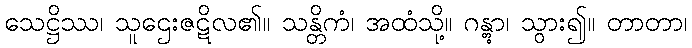
သေဋ္ဌိဿ၊ သူဌေးဇဋိလ၏။ သန္တိကံ၊ အထံသို့။ ဂန္တွာ၊ သွား၍။ တာတာ၊